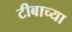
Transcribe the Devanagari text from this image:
टीबाच्या